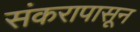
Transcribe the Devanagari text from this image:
संकरापासून